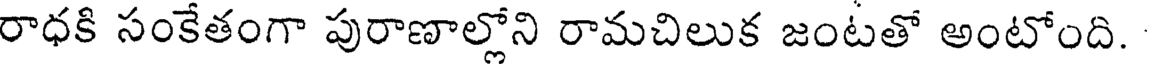
రాధకి సంకేతంగా పురాణాల్లోని రామచిలుక జంటతో అంటోంది.